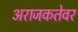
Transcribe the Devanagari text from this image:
अराजकतेवर